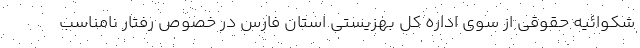
شکوائیه حقوقی از سوی اداره کل بهزیستی استان فارس در خصوص رفتار نامناسب